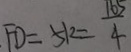
\cdot F D = 5 k = \frac { \overline { 1 } 6 5 } { 4 }